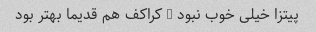
پیتزا خیلی خوب نبود … کراکف هم قدیما بهتر بود